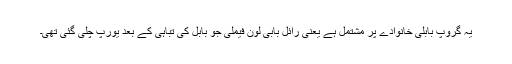
یہ گروپ بابلی خانوادے پر مشتمل ہے یعنی رائل بابی لون فیملی جو بابل کی تباہی کے بعد یورپ چلی گئی تھی۔